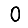
Digit: 0